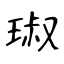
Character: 琡